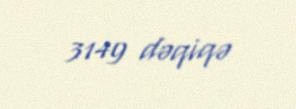
3149 dəqiqə